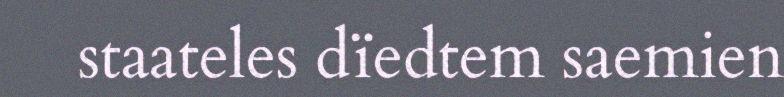
staateles dïedtem saemien